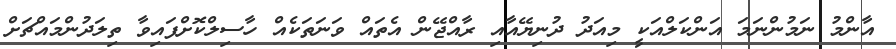
އާންމު ނަމުންނަމަ އަންކަލްއަކީ މިއަދު ދުނިޔޭއާއި ރާއްޖޭން އެތައް ވަނަތަކެއް ހާސިލްކޮށްފައިވާ ތިލަދުންމައްޗަށް